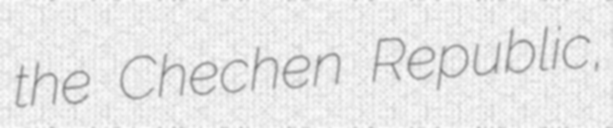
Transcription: the Chechen Republic,